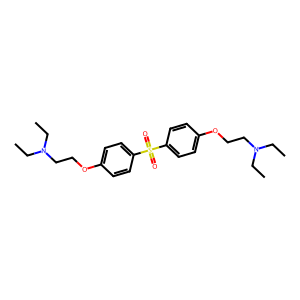
SMILES: CCN(CC)CCOc1ccc(S(=O)(=O)c2ccc(OCCN(CC)CC)cc2)cc1
Inhibits HIV replication: No